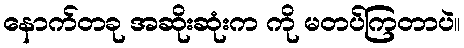
နောက်တခု အဆိုးဆုံးက ကို မတပ်ကြတာပဲ။